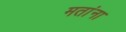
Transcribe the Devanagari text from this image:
मतांना